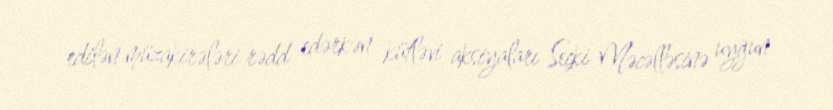
edilən müzakirələri rədd edərkən kütləvi aksiyaları Seçki Məcəlləsinə uyğun